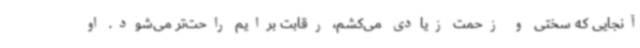
آنجایی که سختی و زحمت زیادی می‌کشم، رقابت برایم راحت‌تر می‌شود. او